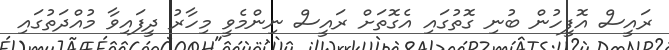
ރައީސް އޮފީހުން ބުނި ގޮތުގައި އެގޮތަށް ރައީސް ނިންމެވީ މިހާރު ދީފައިވާ މުއްދަތުގައި